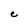
Character: C